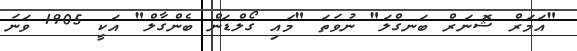
"އަމަރް ޝޮނަރް ބަނގްލަ" ނުވަތަ "މައި ގޯލްޑަން ބެންގާލް" އަކީ 1905 ވަނަ